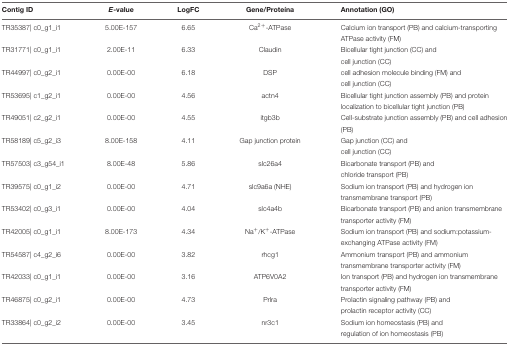
<table><thead><tr><td><b>Contig ID</b></td><td><b><i>E</i>-value</b></td><td><b>LogFC</b></td><td><b>Gene/Proteína</b></td><td><b>Annotation (GO)</b></td></tr></thead><tbody><tr><td>TR35387| c0_g1_i1</td><td>5.00E-157</td><td>6.65</td><td>Ca<sup>2+</sup>-ATPase</td><td>Calcium ion transport (PB) and calcium-transporting</td></tr><tr><td></td><td></td><td></td><td></td><td>ATPase activity (FM)</td></tr><tr><td>TR31771| c0_g1_i1</td><td>2.00E-11</td><td>6.33</td><td>Claudin</td><td>Bicellular tight junction (CC) and</td></tr><tr><td></td><td></td><td></td><td></td><td>cell junction (CC)</td></tr><tr><td>TR44997| c0_g2_i1</td><td>0.00E-00</td><td>6.18</td><td>DSP</td><td>cell adhesion molecule binding (FM) and</td></tr><tr><td></td><td></td><td></td><td></td><td>cell junction (CC)</td></tr><tr><td>TR53695| c1_g2_i1</td><td>0.00E-00</td><td>4.56</td><td>actn4</td><td>Bicellular tight junction assembly (PB) and protein</td></tr><tr><td></td><td></td><td></td><td></td><td>localization to bicellular tight junction (PB)</td></tr><tr><td>TR49051| c2_g2_i1</td><td>0.00E-00</td><td>4.55</td><td>itgb3b</td><td>Cell-substrate junction assembly (PB) and cell adhesion</td></tr><tr><td></td><td></td><td></td><td></td><td>(PB)</td></tr><tr><td>TR58189| c5_g2_i3</td><td>8.00E-158</td><td>4.11</td><td>Gap junction protein</td><td>Gap junction (CC) and</td></tr><tr><td></td><td></td><td></td><td></td><td>cell junction (CC)</td></tr><tr><td>TR57503| c3_g54_i1</td><td>8.00E-48</td><td>5.86</td><td>slc26a4</td><td>Bicarbonate transport (PB) and</td></tr><tr><td></td><td></td><td></td><td></td><td>chloride transport (PB)</td></tr><tr><td>TR39575| c0_g1_i2</td><td>0.00E-00</td><td>4.71</td><td>slc9a6a (NHE)</td><td>Sodium ion transport (PB) and hydrogen ion</td></tr><tr><td></td><td></td><td></td><td></td><td>transmembrane transport (PB)</td></tr><tr><td>TR53402| c0_g3_i1</td><td>0.00E-00</td><td>4.04</td><td>slc4a4b</td><td>Bicarbonate transport (PB) and anion transmembrane</td></tr><tr><td></td><td></td><td></td><td></td><td>transporter activity (FM)</td></tr><tr><td>TR42005| c0_g1_i1</td><td>8.00E-173</td><td>4.34</td><td>Na<sup>+</sup>/K<sup>+</sup>-ATPase</td><td>Sodium ion transport (PB) and sodium:potassium-</td></tr><tr><td></td><td></td><td></td><td></td><td>exchanging ATPase activity (FM)</td></tr><tr><td>TR54587| c4_g2_i6</td><td>0.00E-00</td><td>3.82</td><td>rhcg1</td><td>Ammonium transport (PB) and ammonium</td></tr><tr><td></td><td></td><td></td><td></td><td>transmembrane transporter activity (FM)</td></tr><tr><td>TR42033| c0_g1_i1</td><td>0.00E-00</td><td>3.16</td><td>ATP6V0A2</td><td>Ion transport (PB) and hydrogen ion transmembrane</td></tr><tr><td></td><td></td><td></td><td></td><td>transporter activity (FM)</td></tr><tr><td>TR46875| c0_g2_i1</td><td>0.00E-00</td><td>4.73</td><td>Prlra</td><td>Prolactin signaling pathway (PB) and</td></tr><tr><td></td><td></td><td></td><td></td><td>prolactin receptor activity (CC)</td></tr><tr><td>TR33864| c0_g2_i2</td><td>0.00E-00</td><td>3.45</td><td>nr3c1</td><td>Sodium ion homeostasis (PB) and</td></tr><tr><td></td><td></td><td></td><td></td><td>regulation of ion homeostasis (PB)</td></tr></tbody></table>